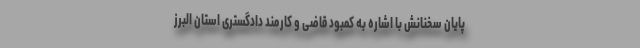
پایان سخنانش با اشاره به کمبود قاضی و کارمند دادگستری استان البرز